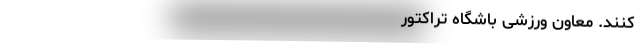
‌‌‌‌‌‌‌‌‌‌‌‌‌‌‌‌‌‌‌‌‌‌‌‌‌‌‌‌‌‌‌‌‌‌‌کنند. معاون ورزشی باشگاه تراکتور